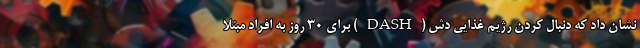
نشان داد که دنبال کردن رژیم غذایی دش (DASH) برای 30 روز به افراد مبتلا